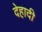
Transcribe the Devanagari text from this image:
देहादी